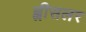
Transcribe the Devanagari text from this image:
ह्वीसलर